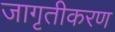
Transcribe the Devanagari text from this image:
जागृतीकरण